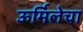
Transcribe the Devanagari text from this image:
ऊर्मिलेचा